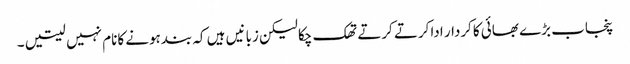
پنجاب بڑے بھائی کاکردار اداکرتے کرتے تھک چکالیکن زبانیں ہیں کہ بندہونے کانام نہیں لیتیں ۔